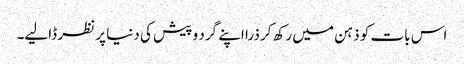
اس بات کو ذہن میں رکھ کر ذرا اپنے گرد و پیش کی دنیا پر نظر ڈالیے۔